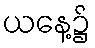
ယနေ့၌